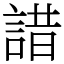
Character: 諎